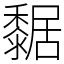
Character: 䵕